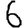
Digit: 6